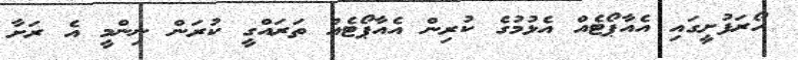
ހޯރަފުށީގައި އެއާޕޯޓެއްް އެޅުމުގެ ކުރިން އެއާޕޯޓެއް ތަރައްގީ ކުރަން ނިންމީ އެ ރަށާ